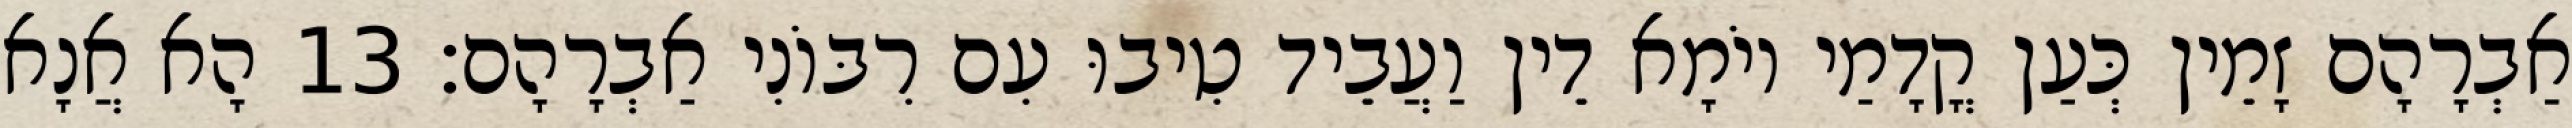
אַבְרָהָם זָמֵין כְּעַן קֳדָמַי יוֹמָא דֵין וַעֲבֵיד טִיבוּ עִם רִבּוֹנִי אַבְרָהָם׃ 13 הָא אֲנָא